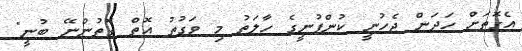
އެގޮތަށް ހަދަން ޖެހުނީ ކުންފުނީގެ ހާލަތު މި ވަގުތު އޮތް ގޮތުންނޭ ބުނީ"